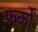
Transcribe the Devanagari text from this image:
फ़र्कों